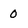
Character: 0